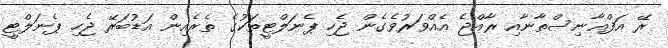
ރޭ އަފްޣާނިސްތާނާއި ރާއްޖެ އެއްވަރުވެގެން ޖެހި ޕެނަލްޓީތަކުގެ ތެރެއިން އަޑުބަރޭ ޖެހި ޕެނަލްޓީ